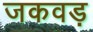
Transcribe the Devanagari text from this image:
जकवड़